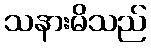
သနားမိသည်